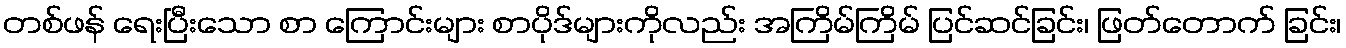
တစ်ဖန် ရေးပြီးသော စာ ကြောင်းများ စာပိုဒ်များကိုလည်း အကြိမ်ကြိမ် ပြင်ဆင်ခြင်း၊ ဖြတ်တောက် ခြင်း၊